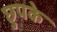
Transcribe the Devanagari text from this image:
छुपके